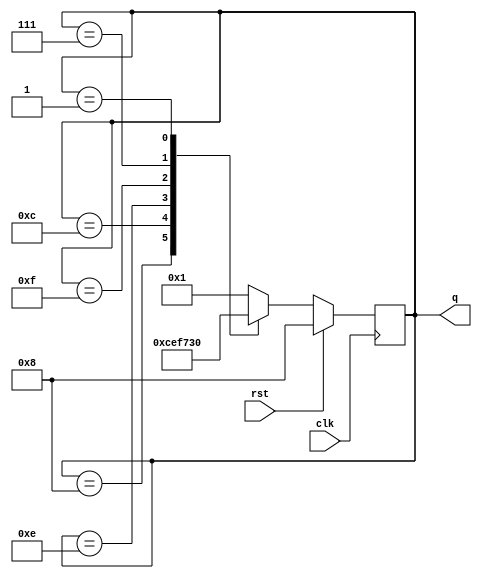
module twistedringcounter(output [3:0] q, input clk,rst);
reg [3:0]q;
always @(posedge clk)
begin
if(rst)
q<=4'b1000;
else
case (q)
4'b1000: q <= 4'b1100;
4'b1100: q <= 4'b1110;
4'b1110: q <= 4'b1111;
4'b1111: q <= 4'b0111;
4'b0111: q <= 4'b0011;
4'b0011: q <= 4'b0001;
4'b0001: q <= 4'b0000;
default: q <= 4'b0001;
endcase
//q[3]<=~q[0];
//q[2]<=q[3];
//q[1]<=q[2];
//q[0]<=q[1];
end
endmodule